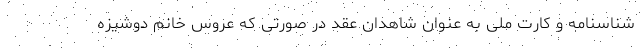
شناسنامه و کارت ملی به عنوان شاهدان عقد در صورتی که عروس خانم دوشیزه